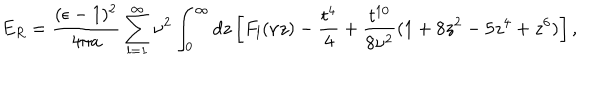
LaTeX: E _ { R } = { \frac { ( \epsilon - 1 ) ^ { 2 } } { 4 \pi a } } \sum _ { l = 1 } ^ { \infty } \nu ^ { 2 } \int _ { 0 } ^ { \infty } d z \left[ F _ { l } ( \nu z ) - { \frac { t ^ { 4 } } { 4 } } + { \frac { t ^ { 1 0 } } { 8 \nu ^ { 2 } } } ( 1 + 8 z ^ { 2 } - 5 z ^ { 4 } + z ^ { 6 } ) \right] ,